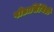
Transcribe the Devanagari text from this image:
पोडासिंगिडी